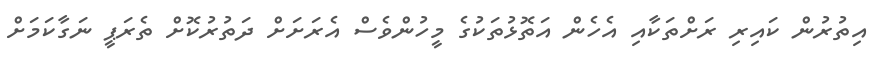
އިތުރުން ކައިރި ރަށްތަކާއި އެހެން އަތޮޅުތަކުގެ މީހުންވެސް އެރަށަށް ދަތުރުކޮށް ތެރަޕީ ނަގާކަމަށް